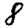
Digit: 8